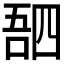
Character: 𫪸